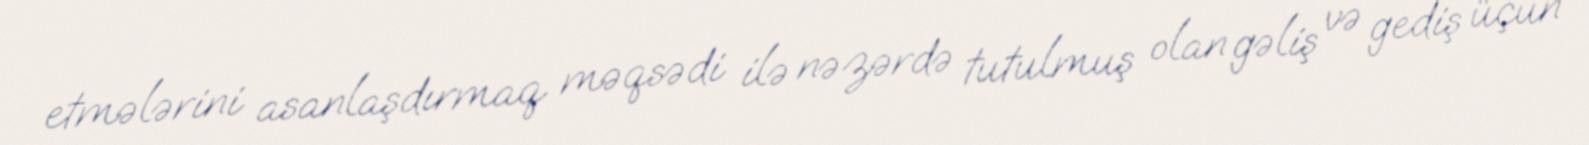
etmələrini asanlaşdırmaq məqsədi ilə nəzərdə tutulmuş olan gəliş və gediş üçün